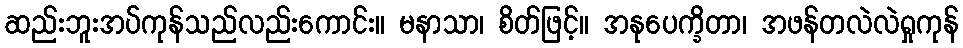
ဆည်းဘူးအပ်ကုန်သည်လည်းကောင်း။ မနာသာ၊ စိတ်ဖြင့်။ အနုပေက္ခိတာ၊ အဖန်တလဲလဲရှုကုန်